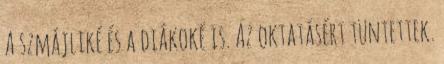
A szmájliké és a diákoké is. Az oktatásért tüntettek.